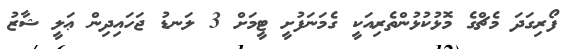
ފޯރިގަދަ މެޗްގެ މޮޅުކުޅުންތެރިއަކީ ގެމަނަފުށީ ޓީމަށް 3 ލަނޑު ޖަހައިދިން ޢަލީ ޝާޒު